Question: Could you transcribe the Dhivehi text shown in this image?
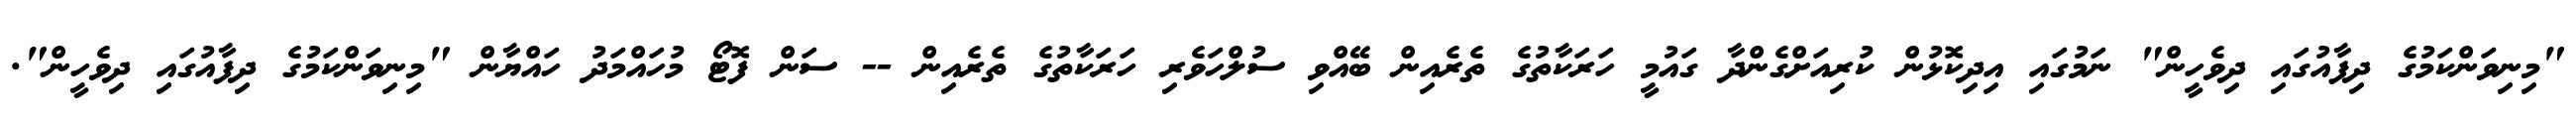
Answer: "މިނިވަންކަމުގެ ދިފާއުގައި ދިވެހީން" ނަމުގައި އިދިކޮޅުން ކުރިއަށްގެންދާ ގައުމީ ހަރަކާތުގެ ތެރެއިން ބޭއްވި ސުލްހަވެރި ހަރަކާތުގެ ތެރެއިން -- ސަން ފޮޓޯ މުހައްމަދު ހައްޔާން "މިނިވަންކަމުގެ ދިފާއުގައި ދިވެހީން".